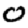
Digit: 0